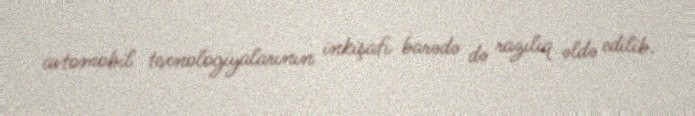
avtomobil texnologiyalarının inkişafı barədə də razılıq əldə edilib.